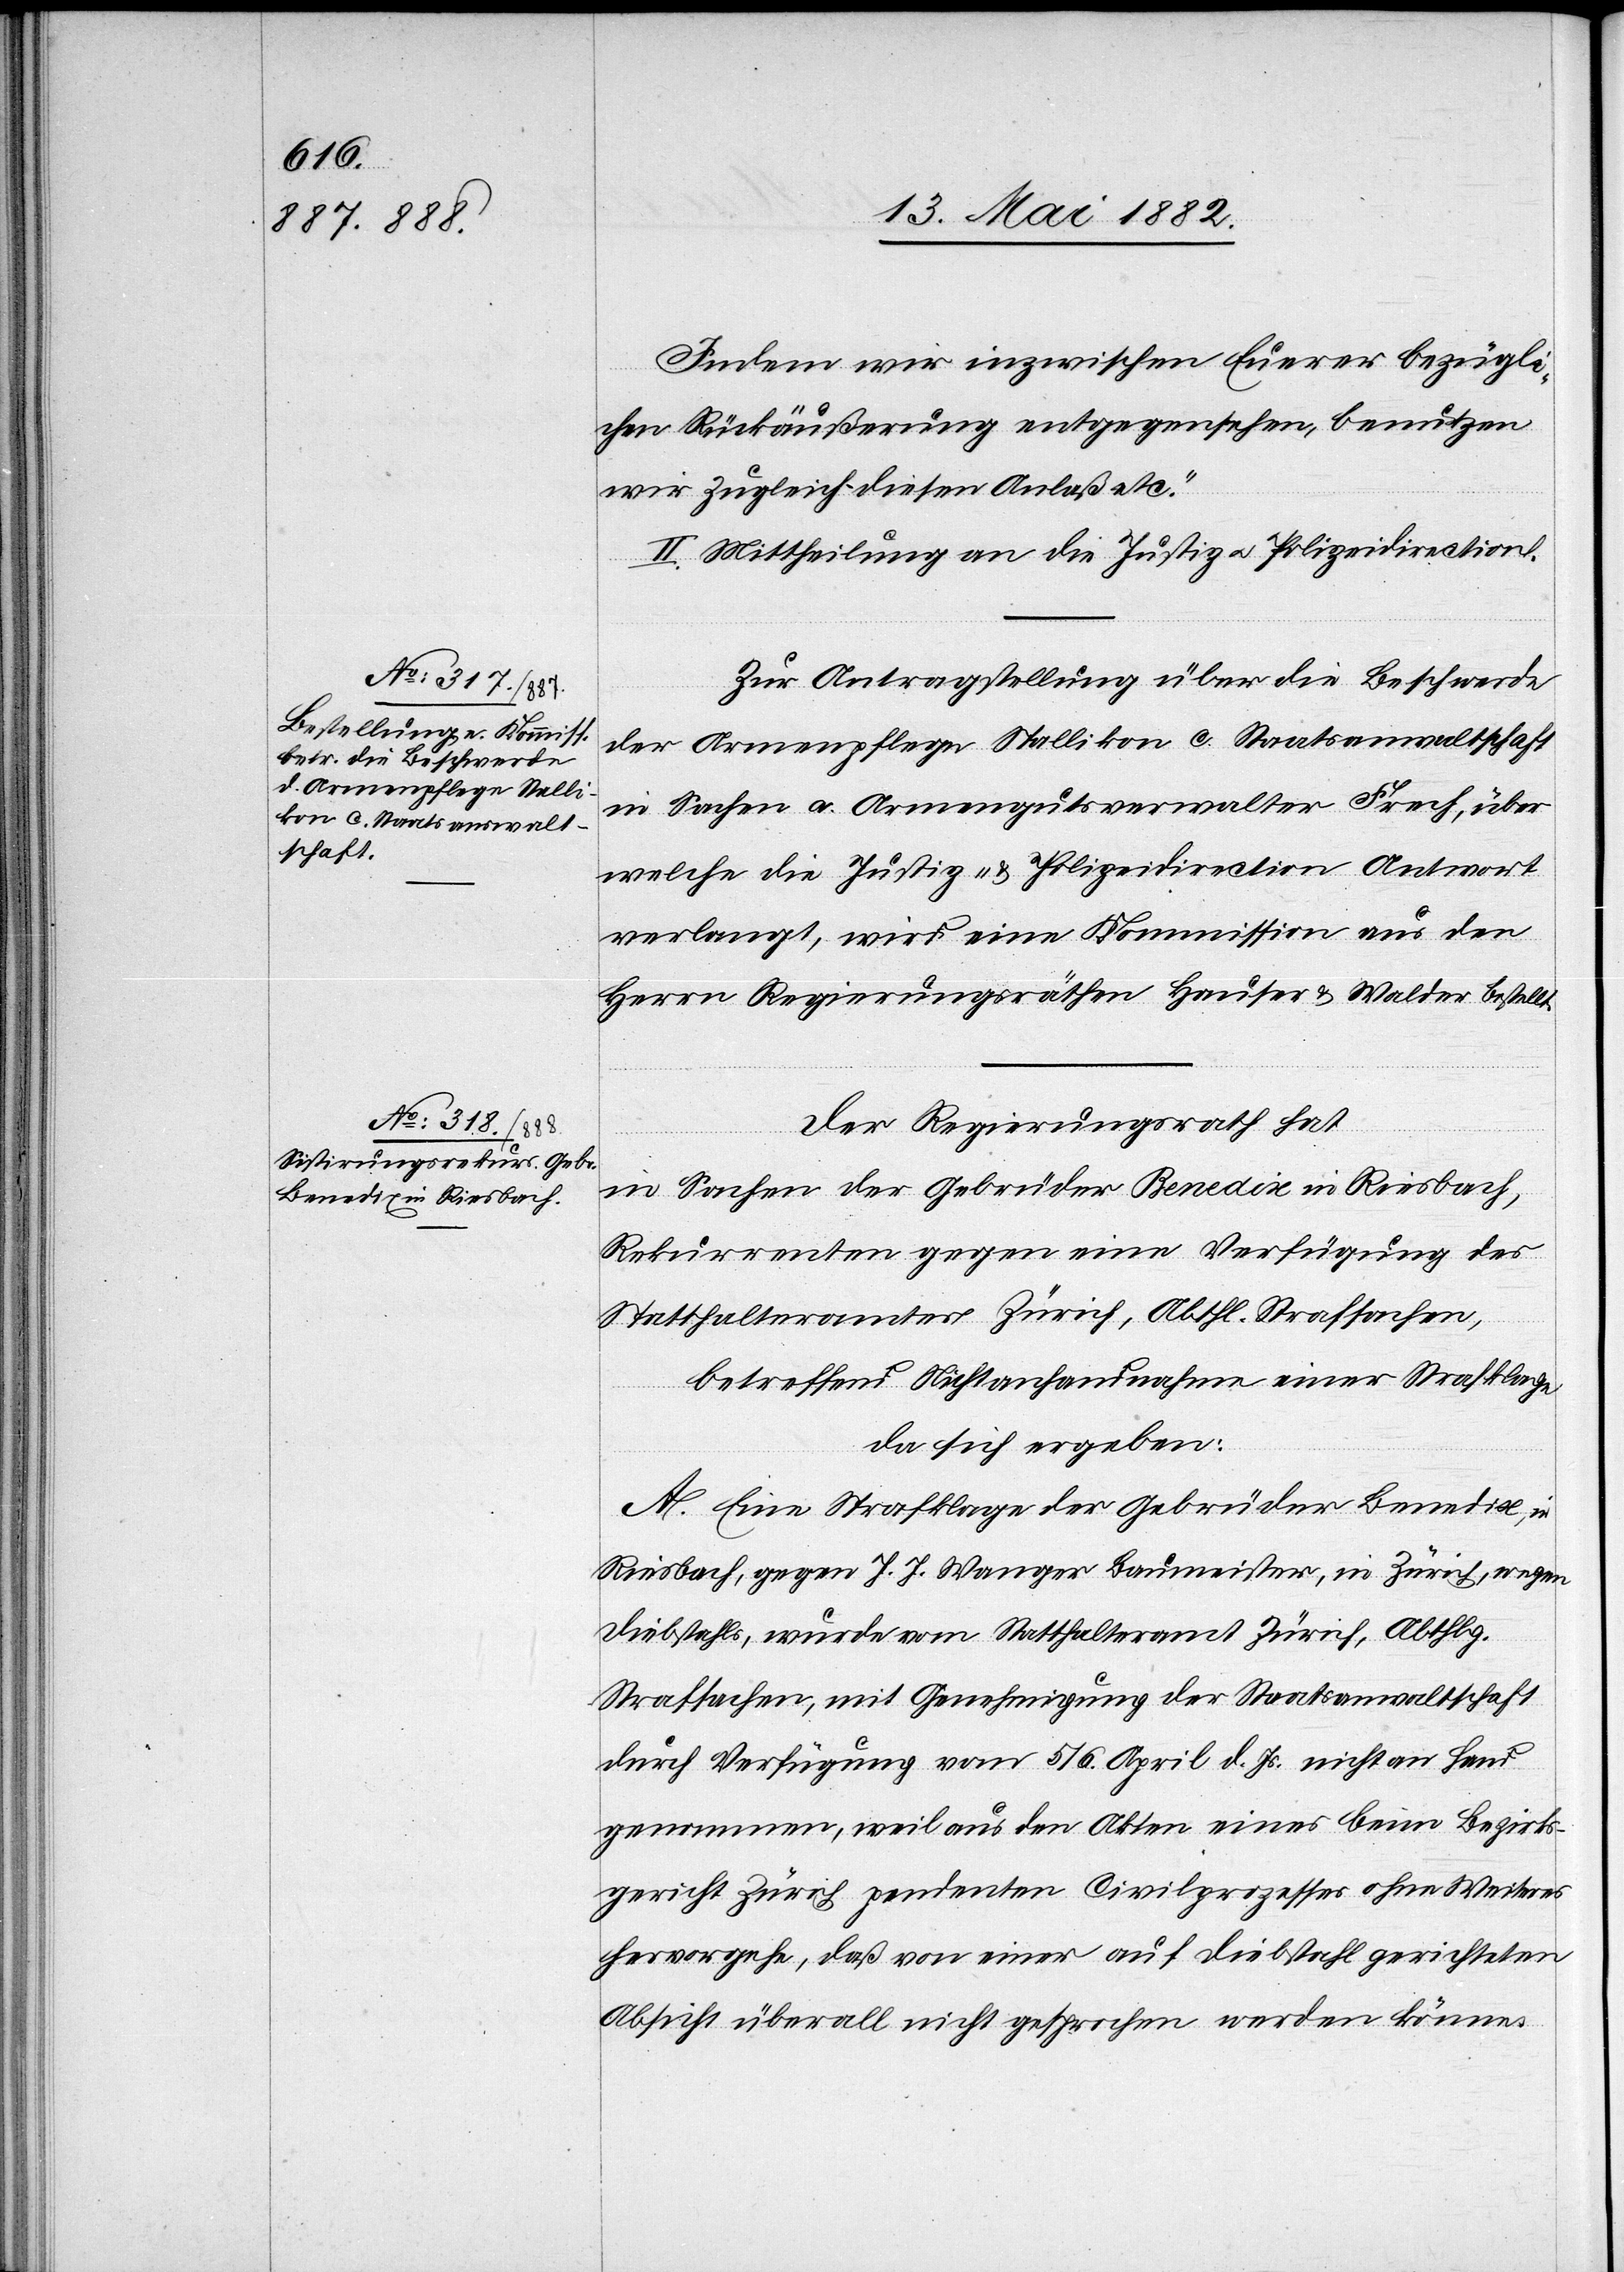
Indem wir inzwischen Euerer bezügli¬
chen Rückäußerung entgegensehen, benutzen
II. Mittheilung an die Justiz[-] u. Polizeidirection.
Zur Antragstellung über die Beschwerde
der Armenpflege Stallikon c. Staatsanwaltschaft
in Sachen a. Gemeindgutsverwalter Frech, über
welche die Justiz- & Polizeidirection Antwort
verlangt, wird eine Kommission aus den
Herren Regierungsräthen Hauser & Walder bestellt.
Der Regierungsrath hat,
in Sachen der Gebrüder Benedix in Riesbach,
Rekurrenten gegen eine Verfügung des
Statthalteramt Zürich, Abthl. Strafsachen,
betreffend Nichtanhandnahme einer Strafsache,
da sich ergeben:
A. Eine Strafklage der Gebrüder Benedix, in
Riesbach, gegen J. J. Wagner Baumeister, in Zürich, wegen
Diebstahls, wurde vom Statthalteramt Zürich, Abthlg.
Strafsachen, mit Genehmigung der Staatsanwaltschaft
durch Verfügung vom 5./6. April d. Js. nicht an Hand
genommen, weil aus den Akten eines beim Bezirks¬
gericht Zürich pendenten Civilprozesses ohne Weiteres
hervorgehe, daß von einer auf Diebstahl gerichteten
Absicht überall nicht gesprochen werden könne.